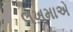
લખમાએ